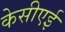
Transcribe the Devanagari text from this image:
केसीएई